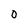
Character: 0